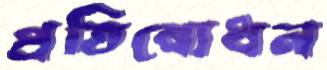
প্রতিবোধন